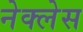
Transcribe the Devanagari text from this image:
नेक्लेस